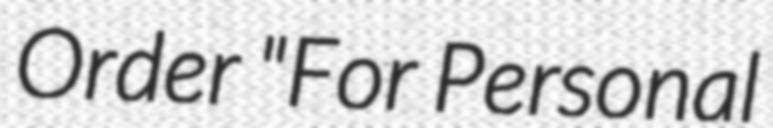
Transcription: Order "For Personal